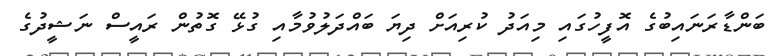
ބަންޑާރަނައިބުގެ އޮފީހުގައި މިއަދު ކުރިއަށް ދިޔަ ބައްދަލުވުމާއި ގުޅޭ ގޮތުން ރައީސް ނަޝީދުގެ